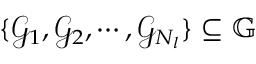
\{ { \mathcal { G } } _ { 1 } , { \mathcal { G } } _ { 2 } , \cdots , { \mathcal { G } } _ { N _ { l } } \} \subseteq { \mathbb { G } }